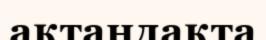
ақтаңдақта